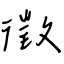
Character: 徵